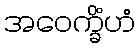
အဝေက္ခိံဟံ